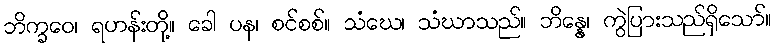
ဘိက္ခဝေ၊ ရဟန်းတို့။ ခေါ ပန၊ စင်စစ်။ သံဃေ၊ သံဃာသည်။ ဘိန္နေ၊ ကွဲပြားသည်ရှိသော်။